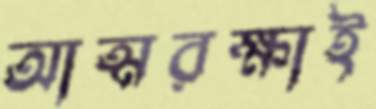
আত্মরক্ষাই